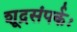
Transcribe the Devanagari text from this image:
शूद्रसंपर्कः